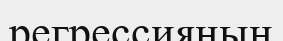
регрессияның